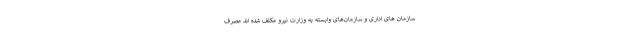
سازمان های اداری و سازمان‌های وابسته به وزارت نیرو مکلف شده اند مصرف